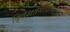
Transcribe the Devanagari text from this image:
द्विशतसांवत्सरिक